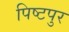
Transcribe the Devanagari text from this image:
पिष्टपुर